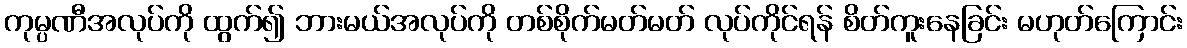
ကုမ္ပဏီအလုပ်ကို ထွက်၍ ဘားမယ်အလုပ်ကို တစ်စိုက်မတ်မတ် လုပ်ကိုင်ရန် စိတ်ကူးနေခြင်း မဟုတ်ကြောင်း